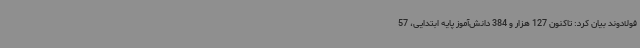
فولادوند بیان کرد: تاکنون 127 هزار و 384 دانش‌آموز پایه ابتدایی، 57